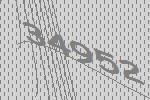
34952